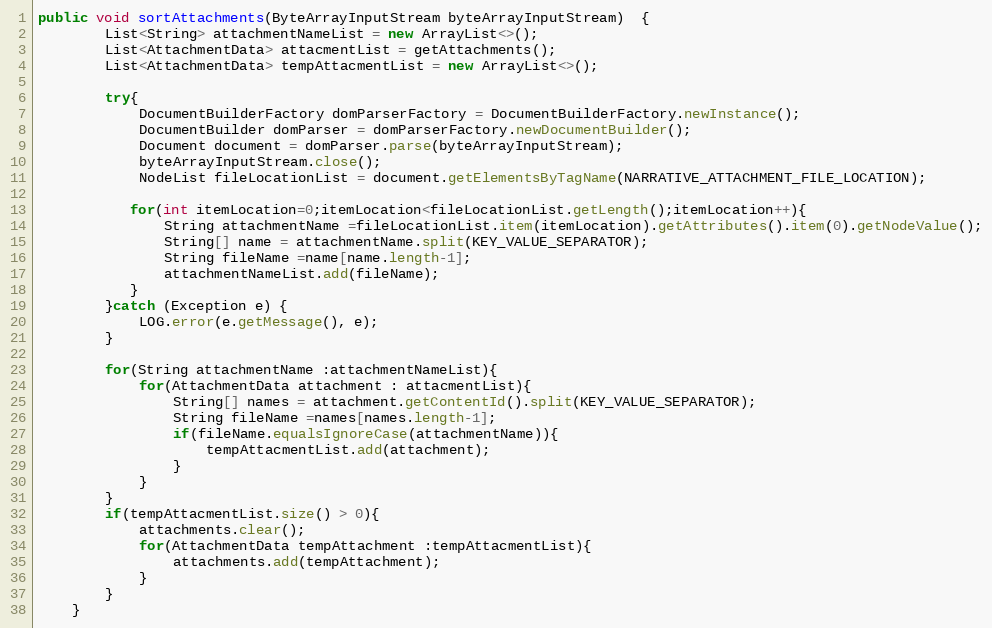
Language: Java
public void sortAttachments(ByteArrayInputStream byteArrayInputStream)  {
        List<String> attachmentNameList = new ArrayList<>();
        List<AttachmentData> attacmentList = getAttachments();
        List<AttachmentData> tempAttacmentList = new ArrayList<>();

        try{
            DocumentBuilderFactory domParserFactory = DocumentBuilderFactory.newInstance();
            DocumentBuilder domParser = domParserFactory.newDocumentBuilder();
            Document document = domParser.parse(byteArrayInputStream);
            byteArrayInputStream.close();
            NodeList fileLocationList = document.getElementsByTagName(NARRATIVE_ATTACHMENT_FILE_LOCATION);

           for(int itemLocation=0;itemLocation<fileLocationList.getLength();itemLocation++){
               String attachmentName =fileLocationList.item(itemLocation).getAttributes().item(0).getNodeValue();
               String[] name = attachmentName.split(KEY_VALUE_SEPARATOR);
               String fileName =name[name.length-1];
               attachmentNameList.add(fileName);
           }
        }catch (Exception e) {
            LOG.error(e.getMessage(), e);
        }

        for(String attachmentName :attachmentNameList){
            for(AttachmentData attachment : attacmentList){
                String[] names = attachment.getContentId().split(KEY_VALUE_SEPARATOR);
                String fileName =names[names.length-1];
                if(fileName.equalsIgnoreCase(attachmentName)){
                    tempAttacmentList.add(attachment);
                }
            }
        }
        if(tempAttacmentList.size() > 0){
            attachments.clear();
            for(AttachmentData tempAttachment :tempAttacmentList){
                attachments.add(tempAttachment);
            }
        }
    }